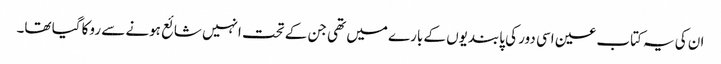
ان کی یہ کتاب عین اسی دور کی پابندیوں کے بارے میں تھی جن کے تحت انہیں شائع ہونے سے روکا گیا تھا۔